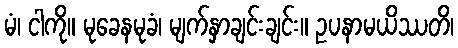
မံ၊ ငါကို။ မုခေနမုခံ၊ မျက်နှာချင်းချင်း။ ဥပနာမယိဿတိ၊